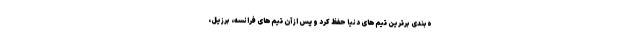
ه‌بندی برترین تیم‌های دنیا حفظ کرد و پس از آن تیم‌های فرانسه، برزیل،